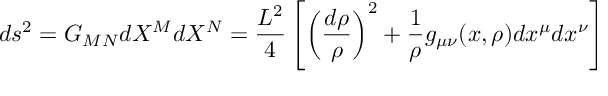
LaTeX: d s ^ { 2 } = G _ { M N } d X ^ { M } d X ^ { N } = \frac { L ^ { 2 } } { 4 } \left[ \left( \frac { d \rho } { \rho } \right) ^ { 2 } + \frac { 1 } { \rho } g _ { \mu \nu } ( x , \rho ) d x ^ { \mu } d x ^ { \nu } \right]